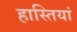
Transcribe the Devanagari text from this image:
हास्तियां